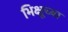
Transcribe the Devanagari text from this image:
भिक्षूच्या